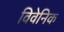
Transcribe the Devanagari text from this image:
विवेनिक